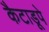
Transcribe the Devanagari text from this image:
कैटाडूपे